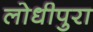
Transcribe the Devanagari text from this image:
लोधीपुरा